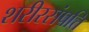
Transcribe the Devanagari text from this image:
शरीरसंपत्ति